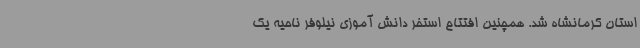
استان کرمانشاه شد. همچنین افتتاح استخر دانش آموزی نیلوفر ناحیه یک